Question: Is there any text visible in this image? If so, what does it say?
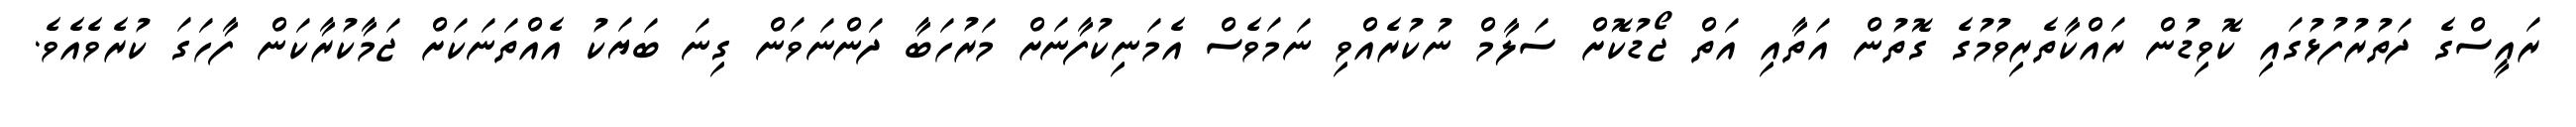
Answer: ރައީސްގެ ދަތުރުފުޅުގައި ކޮވިޑުން ރައްކާތެރިވުމުގެ ގޮތުން އަތާއި އަތް ޖޯޑުކޮށް ސަލާމް ނުކުރެއްވި ނަމަވެސް އެމަނިކުފާނަށް މަރުހަބާ ދަންނަވަން ގިނަ ބަޔަކު އެއްތަނަކަށް ޖަމާކުރާކަން ފާހަގަ ކުރެވެއެވެ.